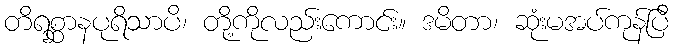
တိရစ္ဆာနပုရိသာပိ၊ တို့ကိုလည်းကောင်း။ ဒမိတာ၊ ဆုံးမအပ်ကုန်ပြီ